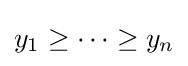
y_{1}\geq \cdots \geq y_{n}